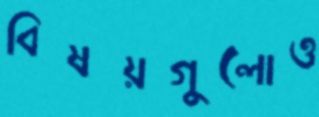
বিষয়গুলোও